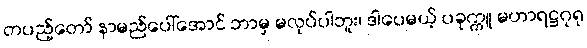
တပည့်တော် နာမည်ပေါ်အောင် ဘာမှ မလုပ်ပါဘူး၊ ဒါပေမယ့် ပခုက္ကူ မဟာရဋ္ဌဂုရု